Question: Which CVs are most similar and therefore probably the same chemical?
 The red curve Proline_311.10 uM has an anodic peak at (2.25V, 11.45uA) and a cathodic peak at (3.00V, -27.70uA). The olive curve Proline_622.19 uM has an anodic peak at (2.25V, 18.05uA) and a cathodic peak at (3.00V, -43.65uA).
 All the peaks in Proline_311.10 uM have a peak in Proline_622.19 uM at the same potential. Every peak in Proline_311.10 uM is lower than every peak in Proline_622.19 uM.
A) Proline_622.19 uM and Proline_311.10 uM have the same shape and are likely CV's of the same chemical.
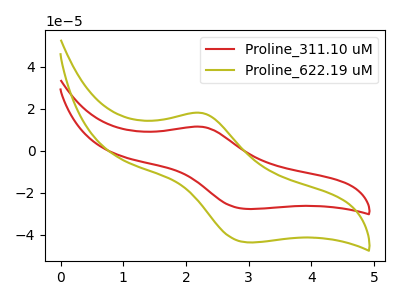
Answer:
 <answer>A) "Proline_622.19 uM" and "Proline_311.10 uM" have the same shape and are likely CV's of the same chemical.</answer>
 <eval>A</eval>